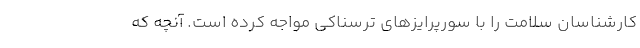
کارشناسان سلامت را با سورپرایزهای ترسناکی مواجه کرده است. آنچه که